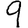
Digit: 9